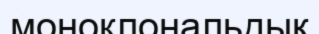
моноклональдық